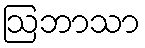
ဩဘာသာ